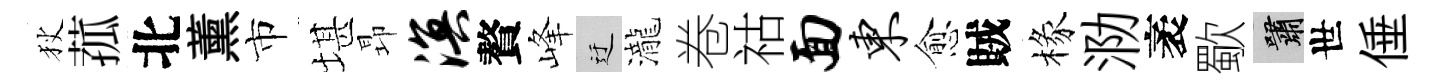
狄菰北薰市堪昻溟贅峰迂瀧卷祜面东愈賊椽泐袤歜嘯世倕